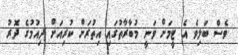
ވެސް ބަލިވެ އެ ޓީމަށް ވަނީ މުބާރާތުގައި އިތުރަށް ކުރިއަށް ދިއުމުގެ ދޮރު